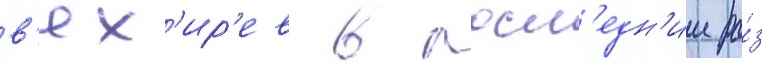
в'ях'ир'ев в посл'едн'ии ра́з